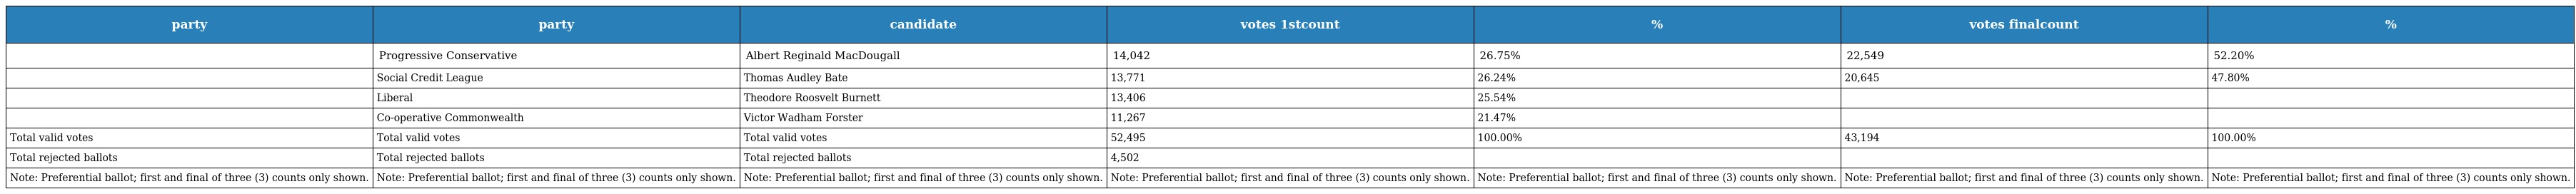
| party | party | candidate | votes 1stcount | % | votes finalcount | % |
 | --- | --- | --- | --- | --- | --- | --- |
 |  | Progressive Conservative | Albert Reginald MacDougall | 14,042 | 26.75% | 22,549 | 52.20% |
 |  | Social Credit League | Thomas Audley Bate | 13,771 | 26.24% | 20,645 | 47.80% |
 |  | Liberal | Theodore Roosvelt Burnett | 13,406 | 25.54% |  |  |
 |  | Co-operative Commonwealth | Victor Wadham Forster | 11,267 | 21.47% |  |  |
 | Total valid votes | Total valid votes | Total valid votes | 52,495 | 100.00% | 43,194 | 100.00% |
 | Total rejected ballots | Total rejected ballots | Total rejected ballots | 4,502 |  |  |  |
 | Note: Preferential ballot; first and final of three (3) counts only shown. | Note: Preferential ballot; first and final of three (3) counts only shown. | Note: Preferential ballot; first and final of three (3) counts only shown. | Note: Preferential ballot; first and final of three (3) counts only shown. | Note: Preferential ballot; first and final of three (3) counts only shown. | Note: Preferential ballot; first and final of three (3) counts only shown. | Note: Preferential ballot; first and final of three (3) counts only shown. |